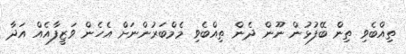
ތިއްބެވި ތިން ބޭފުޅުން ނޫން ދެން ތިއްބެވި މެމްބަރުންނަށް އެހެން ވަޒީފާއެއް އަދާ